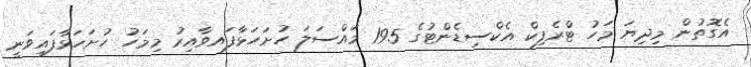
އެގޮތުން މިދިޔަ މަހު ޓްރެފިކް އެކްސިޑެންޓުގެ 195 މައްސަލަ ހުށަހަޅާފައވާއިރު މިމަހު ހުށަހަޅާފައިވަނީ